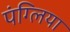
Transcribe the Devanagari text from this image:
पंग्लिया